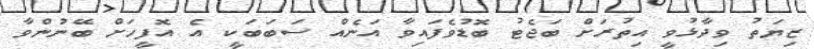
ޒިޔަތު ވިދާޅުވީ އިތުރަށް ބަޖެޓު ބޮޑުވެފައިވާ އަނެއް ސަބަބަކީ އެ އޮފީހަށް ބޭނުންވާ